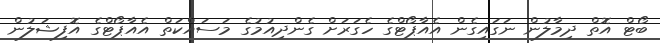
ބޯޓް އޮތް ދިމާލުން ނަގައިގެން އެއާޕޯޓްގެ ހެގަރަށް ގެންދިއުމުގެ މަސައްކަތް އެއާޕޯޓްގެ އޮފިޝަލުން